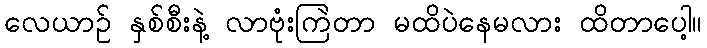
လေယာဉ် နှစ်စီးနဲ့ လာဗုံးကြဲတာ မထိပဲနေမလား ထိတာပေါ့။